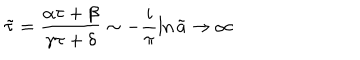
\tilde { \tau } = \frac { \alpha \tau + \beta } { \gamma \tau + \delta } \sim - \frac { i } { \pi } \ln \tilde { a } \rightarrow \infty